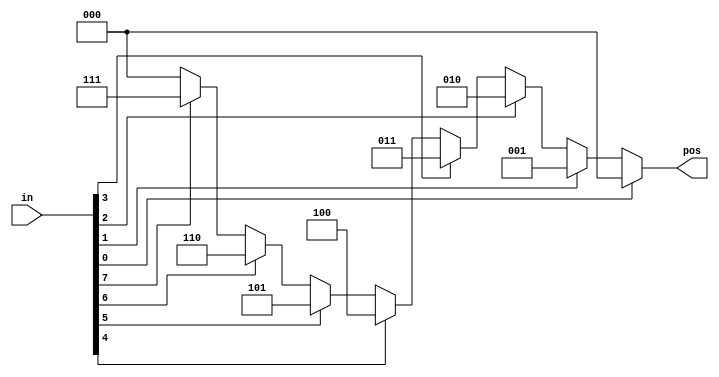
module top_module (
  input [7:0] in,
  output reg [2:0] pos );
    
  always @(*) begin
      
    casez (in[7:0])
      8'bzzzzzzz1: pos = 8'b00000000;
      8'bzzzzzz1z: pos = 8'b00000001;
      8'bzzzzz1zz: pos = 8'b00000010;
      8'bzzzz1zzz: pos = 8'b00000011;
      8'bzzz1zzzz: pos = 8'b00000100;
      8'bzz1zzzzz: pos = 8'b00000101;
      8'bz1zzzzzz: pos = 8'b00000110;
      8'b1zzzzzzz: pos = 8'b00000111;
      default: pos = 8'b00000000;
    endcase
      
  end

endmodule